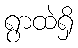
ရွာထဲရှိ